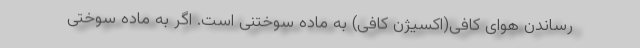
رساندن هوای کافی(اکسیژن کافی) به ماده سوختنی است. اگر به ماده سوختی